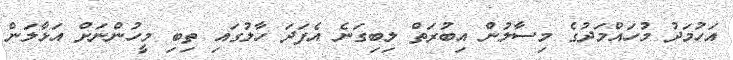
އަހުމަދު މުހައްމަދުގެ މިސާލުން އިބުރަތް ލިބިގަނެ އެފަދަ ހާލުގައި ތިބި މީހުންނަށް އަޅާލަން